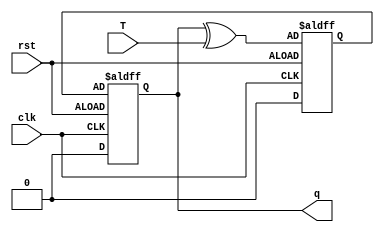
module T_flip_flop(
    input wire clk,
    input wire rst,
    input wire T,
    output reg q
);

reg d;

always @(posedge clk or negedge rst) begin
    if(rst) begin
        d <= 1'b0;
    end else begin
        d <= (q ^ T);
    end
end

always @(posedge clk or negedge rst) begin
    if(rst) begin
        q <= 1'b0;
    end else begin
        q <= d;
    end
end

endmodule